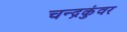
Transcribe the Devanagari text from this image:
चन्द्रकुंवर